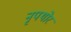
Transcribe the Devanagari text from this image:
नृपथोर